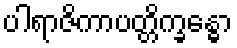
ပါရာဇိကာပတ္တိက္ခန္ဓော